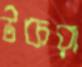
উকরা